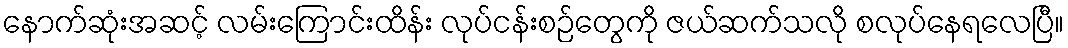
နောက်ဆုံးအဆင့် လမ်းကြောင်းထိန်း လုပ်ငန်းစဉ်တွေကို ဇယ်ဆက်သလို စလုပ်နေရလေပြီ။